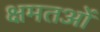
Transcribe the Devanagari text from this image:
क्षमतओं